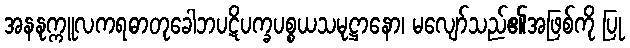
အနနုက္ကူလကရဓာတုခေါဘပဋိပက္ခပစ္စယသမုဋ္ဌာနော၊ မလျော်သည်၏အဖြစ်ကို ပြု